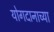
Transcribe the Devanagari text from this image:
योगदानाच्या